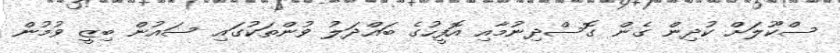
ސްކޫލަށް ކުދިން ގެން ގޮސްދިނުމާއި އޮފީހުގެ ބައްދަލު ވުންތަކުގައި ސައުން ބިޒީ ވުމުން